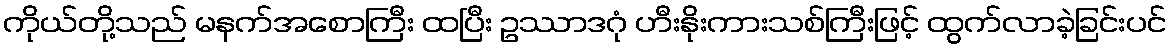
ကိုယ်တို့သည် မနက်အစောကြီး ထပြီး ဥဿာဒဂုံ ဟီးနိုးကားသစ်ကြီးဖြင့် ထွက်လာခဲ့ခြင်းပင်